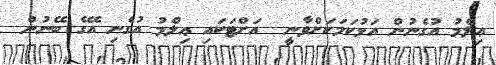
ޢިލްމު އުގެނުން އަޅުކަމަކަށްވާނީ  އަށްޓަކައި ޢިލްމު އުގެނި އޭގެ ބޭނުން